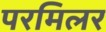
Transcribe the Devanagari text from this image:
परमिलर